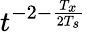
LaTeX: t^{-2-\frac{T_{x}}{2T_{s}}}